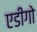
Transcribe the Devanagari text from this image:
एडीगो